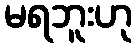
မရဘူးဟု